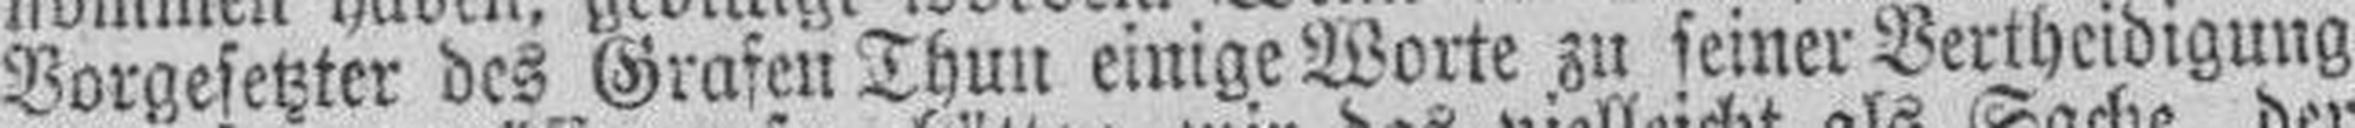
Vorgesetzter des Grafen Thun einige Worte zu seiner Vertheidigung